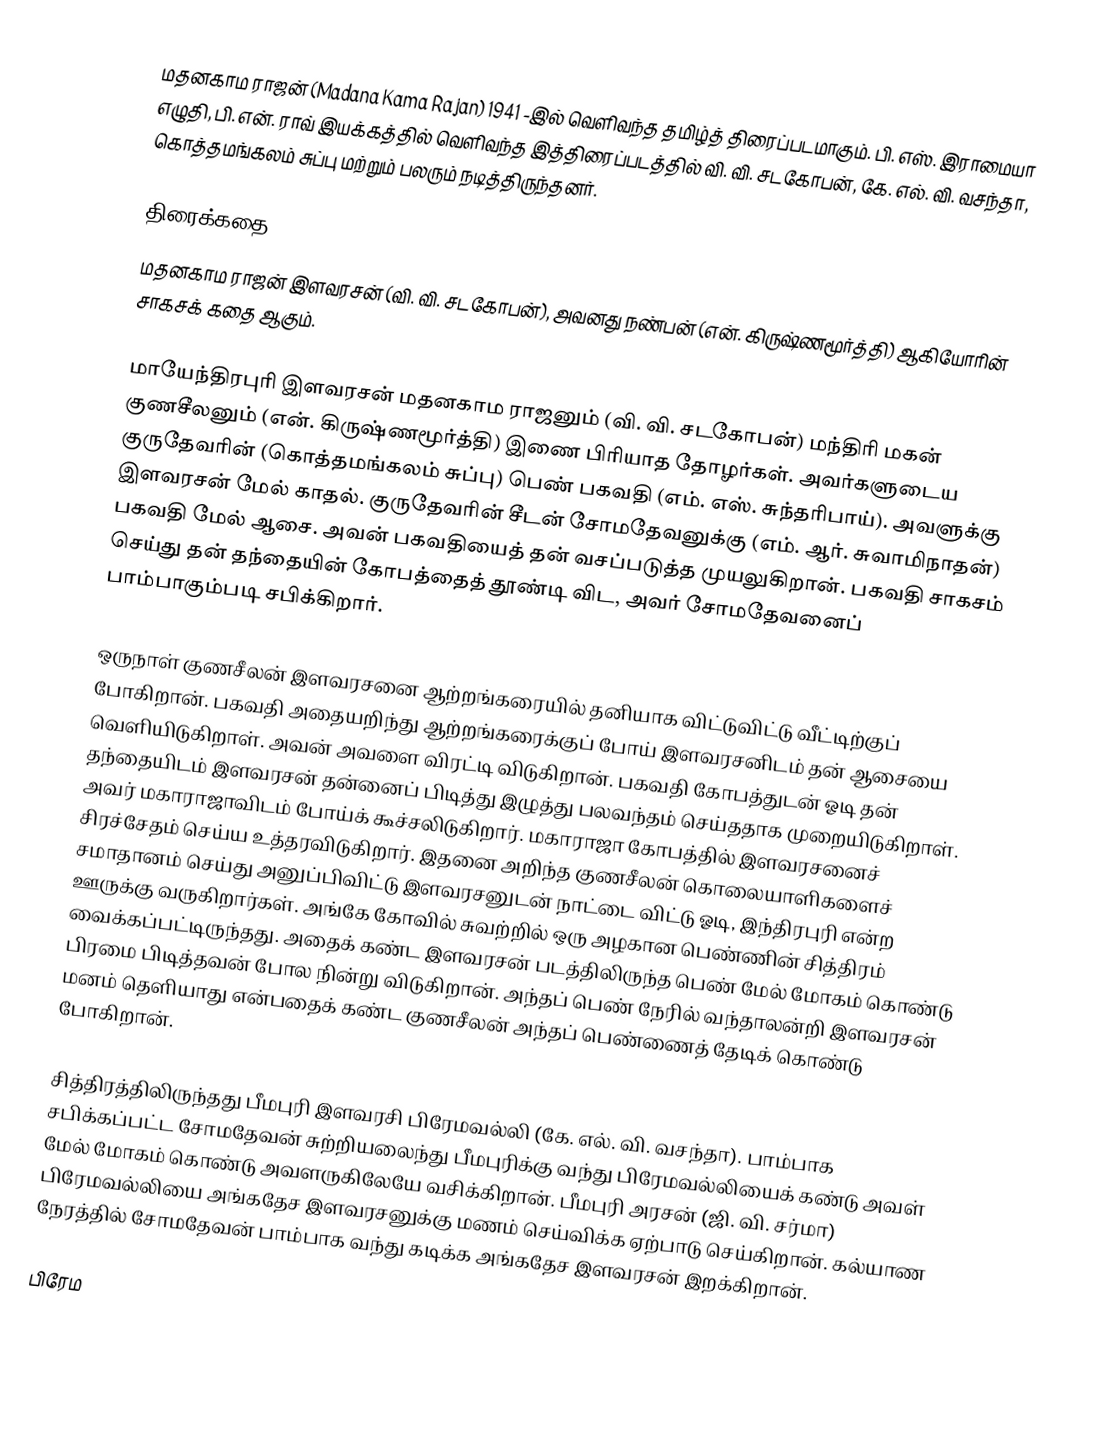
மதனகாம ராஜன் (Madana Kama Rajan) 1941 -இல் வெளிவந்த தமிழ்த் திரைப்படமாகும். பி. எஸ். இராமையா எழுதி, பி. என். ராவ் இயக்கத்தில் வெளிவந்த இத்திரைப்படத்தில் வி. வி. சடகோபன், கே. எல். வி. வசந்தா, கொத்தமங்கலம் சுப்பு மற்றும் பலரும் நடித்திருந்தனர்.

திரைக்கதை
மதனகாம ராஜன் இளவரசன் (வி. வி. சடகோபன்), அவனது நண்பன் (என். கிருஷ்ணமூர்த்தி) ஆகியோரின் சாகசக் கதை ஆகும்.

மாயேந்திரபுரி இளவரசன் மதனகாம ராஜனும் (வி. வி. சடகோபன்) மந்திரி மகன் குணசீலனும் (என். கிருஷ்ணமூர்த்தி) இணை பிரியாத தோழர்கள். அவர்களுடைய குருதேவரின் (கொத்தமங்கலம் சுப்பு) பெண் பகவதி (எம். எஸ். சுந்தரிபாய்). அவளுக்கு இளவரசன் மேல் காதல். குருதேவரின் சீடன் சோமதேவனுக்கு (எம். ஆர். சுவாமிநாதன்) பகவதி மேல் ஆசை. அவன் பகவதியைத் தன் வசப்படுத்த முயலுகிறான். பகவதி சாகசம் செய்து தன் தந்தையின் கோபத்தைத் தூண்டி விட, அவர் சோமதேவனைப் பாம்பாகும்படி சபிக்கிறார்.

ஒருநாள் குணசீலன் இளவரசனை ஆற்றங்கரையில் தனியாக விட்டுவிட்டு வீட்டிற்குப் போகிறான். பகவதி அதையறிந்து ஆற்றங்கரைக்குப் போய் இளவரசனிடம் தன் ஆசையை வெளியிடுகிறாள். அவன் அவளை விரட்டி விடுகிறான். பகவதி கோபத்துடன் ஓடி தன் தந்தையிடம் இளவரசன் தன்னைப் பிடித்து இழுத்து பலவந்தம் செய்ததாக முறையிடுகிறாள். அவர் மகாராஜாவிடம் போய்க் கூச்சலிடுகிறார். மகாராஜா கோபத்தில் இளவரசனைச் சிரச்சேதம் செய்ய உத்தரவிடுகிறார். இதனை அறிந்த குணசீலன் கொலையாளிகளைச் சமாதானம் செய்து அனுப்பிவிட்டு இளவரசனுடன் நாட்டை விட்டு ஓடி, இந்திரபுரி என்ற ஊருக்கு வருகிறார்கள். அங்கே கோவில் சுவற்றில் ஒரு அழகான பெண்ணின் சித்திரம் வைக்கப்பட்டிருந்தது. அதைக் கண்ட இளவரசன் படத்திலிருந்த பெண் மேல் மோகம் கொண்டு பிரமை பிடித்தவன் போல நின்று விடுகிறான். அந்தப் பெண் நேரில் வந்தாலன்றி இளவரசன் மனம் தெளியாது என்பதைக் கண்ட குணசீலன் அந்தப் பெண்ணைத் தேடிக் கொண்டு போகிறான்.

சித்திரத்திலிருந்தது பீமபுரி இளவரசி பிரேமவல்லி (கே. எல். வி. வசந்தா). பாம்பாக சபிக்கப்பட்ட சோமதேவன் சுற்றியலைந்து பீமபுரிக்கு வந்து பிரேமவல்லியைக் கண்டு அவள் மேல் மோகம் கொண்டு அவளருகிலேயே வசிக்கிறான். பீமபுரி அரசன் (ஜி. வி. சர்மா) பிரேமவல்லியை அங்கதேச இளவரசனுக்கு மணம் செய்விக்க ஏற்பாடு செய்கிறான். கல்யாண நேரத்தில் சோமதேவன் பாம்பாக வந்து கடிக்க அங்கதேச இளவரசன் இறக்கிறான்.

பிரேம